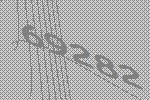
69282